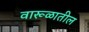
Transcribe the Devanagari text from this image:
वारूळातील